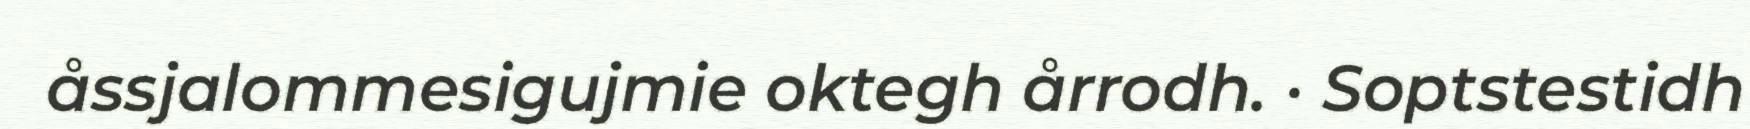
åssjalommesigujmie oktegh årrodh. · Soptstestidh